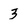
Character: 3